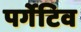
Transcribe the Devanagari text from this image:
पर्गेटिव